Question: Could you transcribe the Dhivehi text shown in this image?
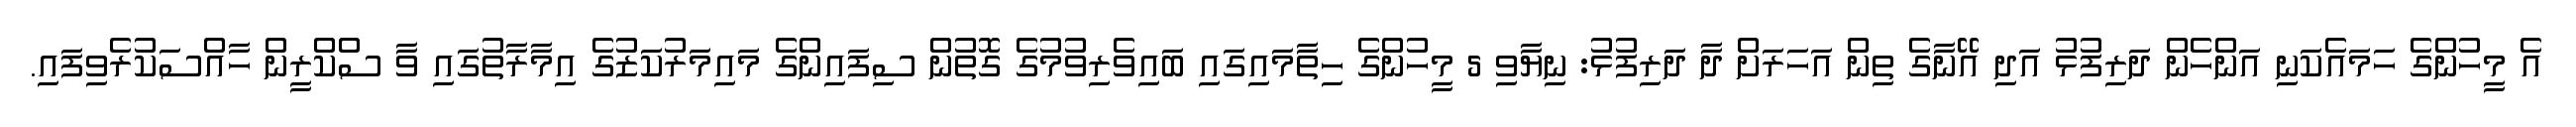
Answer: އެ މީހުންގެ ހަމައެކަނި އަންހެން ދަރިފުޅު އަދި އޭނާގެ ތިން އަހަރަށް ދާ ދަރިފުޅު: ނިޔާވި 5 މީހުންގެ ހިތާމައިގައި ބައިވެރިވުމުގެ ގޮތުން ސިފައިންގެ މައިމަރުކަޒުގެ އިމާރާތުގައި ވާ ސްކްރީން ހާއްސަކުރެވިފައި.